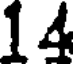
14